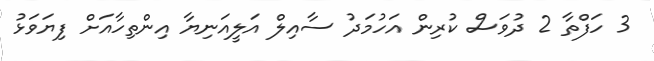
3 ހަފްތާ 2 ދުވަސް ކުރިން އަހުމަދު ސާއިލް އަލީއަނިޔާ އިންތިހާއަށް ފިޔަވަޅު